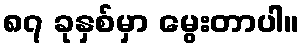
၈၇ ခုနှစ်မှာ မွေးတာပါ။